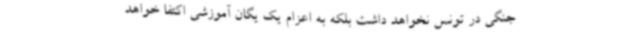
جنگی در تونس نخواهد داشت بلکه به اعزام یک یگان آموزشی اکتفا خواهد